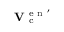
\mathbf { V } _ { \mathrm { ~ c ~ } } ^ { \mathrm { ~ e ~ n ~ } ^ { \prime } }